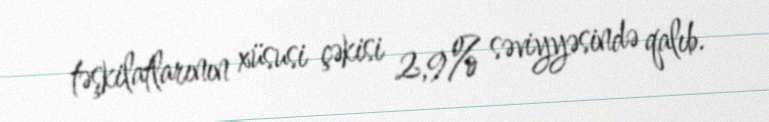
təşkilatlarının xüsusi çəkisi 2,9% səviyyəsində qalıb.